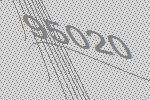
95020